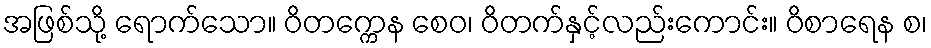
အဖြစ်သို့ ရောက်သော။ ဝိတက္ကေန စေဝ၊ ဝိတက်နှင့်လည်းကောင်း။ ဝိစာရေန စ၊